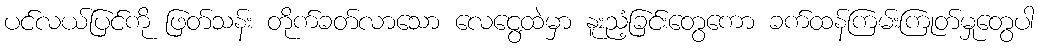
ပင်လယ်ပြင်ကို ဖြတ်သန်း တိုက်ခတ်လာသော လေငွေ့ထဲမှာ နူးညံ့ခြင်းတွေကော ခက်ထန်ကြမ်းကြုတ်မှုတွေပါ